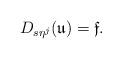
LaTeX: \begin{align*}D_{s\eta^j}(\mathfrak{u})=\mathfrak{f}.\end{align*}